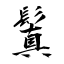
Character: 鬒